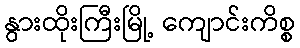
နွားထိုးကြီးမြို့ ကျောင်းကိစ္စ